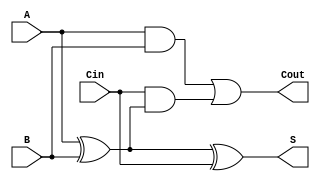
module LowPowerFullAdder (
    input wire A,      // First input bit
    input wire B,      // Second input bit
    input wire Cin,    // Carry-in bit
    output wire S,     // Sum output
    output wire Cout    // Carry-out output
);

// Intermediate signals
wire AxorB;          // A XOR B

// Logic for Sum (S) using XOR gates
assign AxorB = A ^ B; // A XOR B
assign S = AxorB ^ Cin; // S = (A XOR B) XOR Cin

// Logic for Carry-out (Cout)
assign Cout = (A & B) | (Cin & AxorB); // Cout = (A AND B) OR (Cin AND (A XOR B))

endmodule